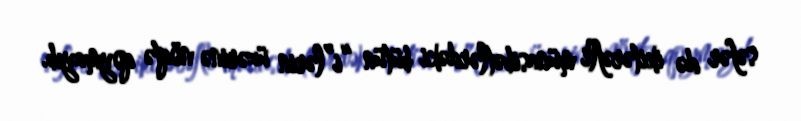
səfər də ikitərəfli münasibətlərdəki bütün “i”lərin üzərinə nöqtə qoymayıb.